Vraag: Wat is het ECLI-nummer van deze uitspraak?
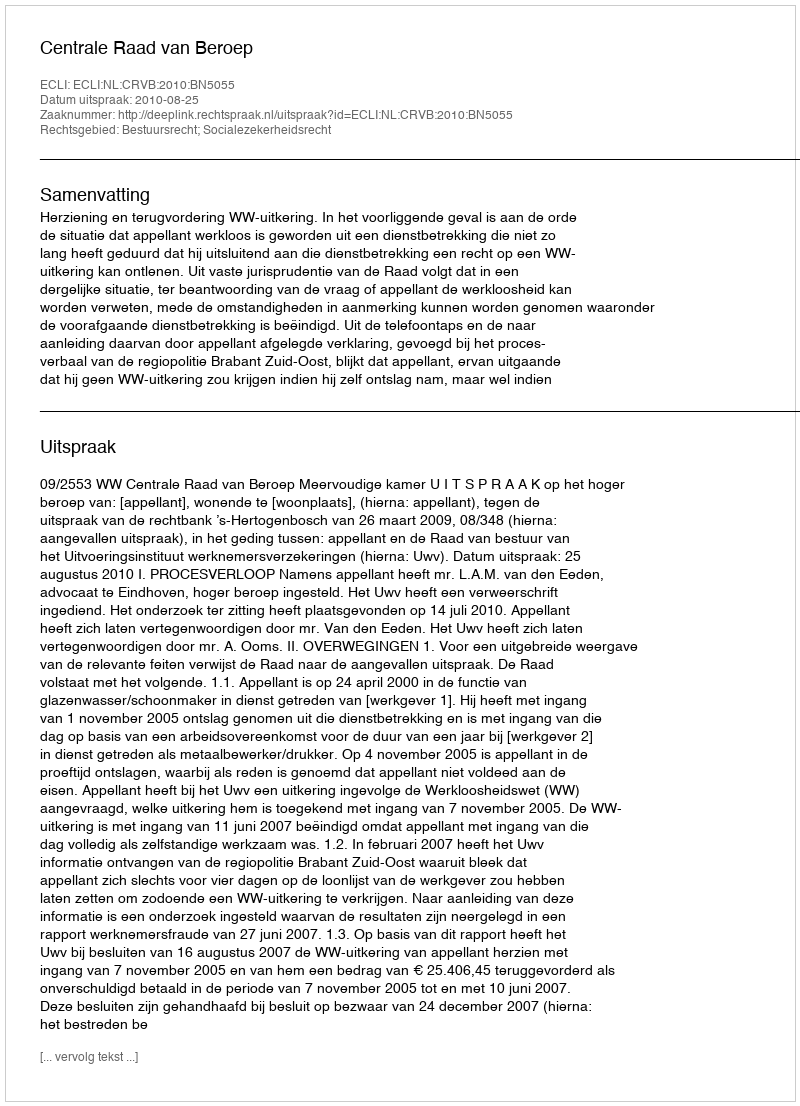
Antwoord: ECLI:NL:CRVB:2010:BN5055